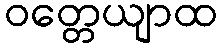
ဝတ္တေယျာထ